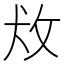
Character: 𰕄